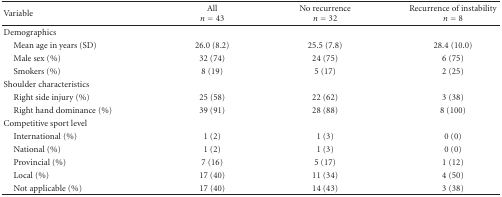
| Variable | Alln = 43 | No recurrencen = 32 | Recurrence of instabilityn = 8 |
 | --- | --- | --- | --- |
 | Demographics |  |  |  |
 | Mean age in years (SD) | 26.0 (8.2) | 25.5 (7.8) | 28.4 (10.0) |
 | Male sex (%) | 32 (74) | 24 (75) | 6 (75) |
 | Smokers (%) | 8 (19) | 5 (17) | 2 (25) |
 | Shoulder characteristics |  |  |  |
 | Right side injury (%) | 25 (58) | 22 (62) | 3 (38) |
 | Right hand dominance (%) | 39 (91) | 28 (88) | 8 (100) |
 | Competitive sport level |  |  |  |
 | International (%) | 1 (2) | 1 (3) | 0 (0) |
 | National (%) | 1 (2) | 1 (3) | 0 (0) |
 | Provincial (%) | 7 (16) | 5 (17) | 1 (12) |
 | Local (%) | 17 (40) | 11 (34) | 4 (50) |
 | Not applicable (%) | 17 (40) | 14 (43) | 3 (38) |